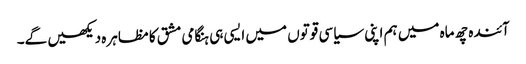
آئندہ چھ ماہ میں ہم اپنی سیاسی قوتوں میں ایسی ہی ہنگامی مشق کا مظاہرہ دیکھیں گے۔